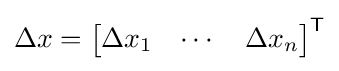
\Delta x={\begin{bmatrix}\Delta x_{1}&\cdots &\Delta x_{n}\end{bmatrix}}^{\mathsf {T}}